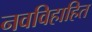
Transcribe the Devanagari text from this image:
नवविहाहित